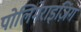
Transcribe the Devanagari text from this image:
पोलिमेराइज़िंग